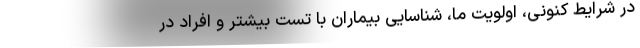
در شرایط کنونی، اولویت ما، شناسایی بیماران با تست بیشتر و افراد در